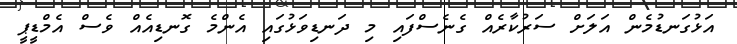
އަޅުގަނޑުމެން އަލަށް ސަރުކާރެއް ގެނެސްފައި މި ދަނޑިވަޅުގައި އެންމެ ގޮނޑިއެއް ވެސް އެމްޑީޕީ